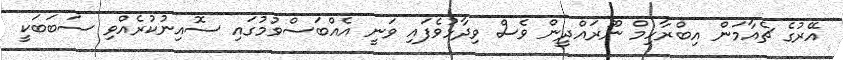
އޭރުގެ ޗެއާމަން އިބްރާހިމް ނޫރައްދީން ވެސް ވިދާޅުވެފައި ވަނީ އެއްބަސްވުމުގައި ސޮއިނުކުރެއްވި ސަބަބަކީ